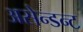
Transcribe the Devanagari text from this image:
असेन्डन्ट